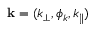
\mathbf { k } = ( k _ { \perp } , \phi _ { k } , k _ { \parallel } )